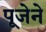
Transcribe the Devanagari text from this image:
पूजेने